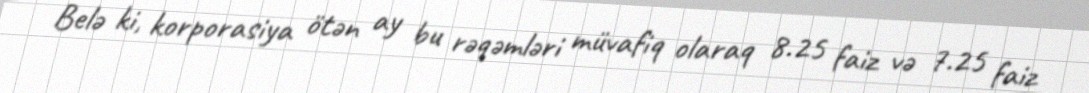
Belə ki, korporasiya ötən ay bu rəqəmləri müvafiq olaraq 8.25 faiz və 7.25 faiz